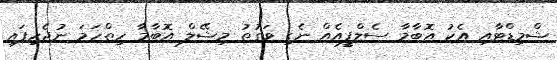
ޝްމިޑްޓާއި އެކު އޮބާމާ ސެލްފީއެއް ނެގި ވަގުތު މިޝޭލް އޮބާމާ ހިތްހަމަ ނުޖެހިފައި